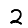
Digit: 2